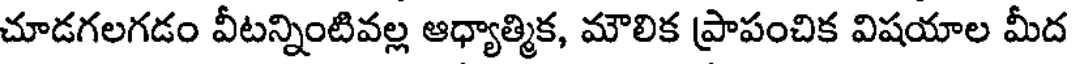
చూడగలగడం వీటన్నింటివల్ల ఆధ్యాత్మిక, మౌలిక ప్రాపంచిక విషయాల మీద